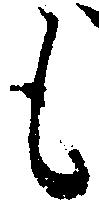
に